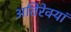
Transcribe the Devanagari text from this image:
अतिरेक्यां